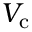
V _ { \mathrm { c } }